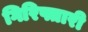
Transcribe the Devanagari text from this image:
गिरिफ्तारी